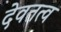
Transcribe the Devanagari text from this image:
देवतत्व